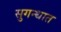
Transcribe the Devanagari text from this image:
सुगन्धात